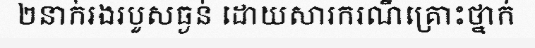
២នាក់រងរបួសធ្ងន់ ដោយសារករណីគ្រោះថ្នាក់